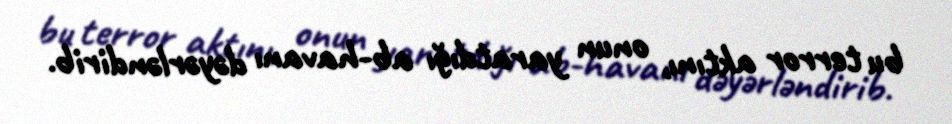
bu terror aktını, onun yaratdığı ab-havanı dəyərləndirib.